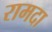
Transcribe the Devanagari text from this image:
रामदा